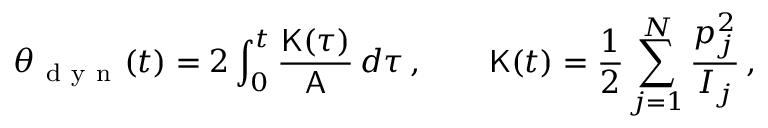
\theta _ { \mathrm { ~ d ~ y ~ n ~ } } ( t ) = 2 \int _ { 0 } ^ { t } \frac { \mathsf { K } ( \tau ) } { \mathsf { A } } \, d \tau \, , \qquad \mathsf { K } ( t ) = \frac { 1 } { 2 } \sum _ { j = 1 } ^ { N } \frac { p _ { j } ^ { 2 } } { I _ { j } } \, ,